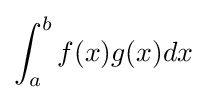
\int _{a}^{b}f(x)g(x)dx